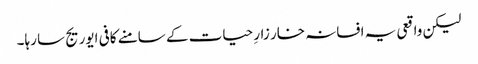
لیکن واقعی یہ افسانہ خار زارِ حیات کے سامنے کافی ایوریج سا رہا۔